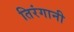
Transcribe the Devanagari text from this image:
तिरंगानी